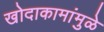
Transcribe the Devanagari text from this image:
खोदाकामांमुळे